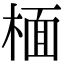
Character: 㮌